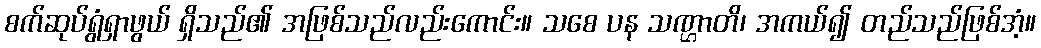
စက်ဆုပ်ရွံရှာဖွယ် ရှိသည်၏ အဖြစ်သည်လည်းကောင်း။ သစေ ပန သဏ္ဌာတိ၊ အကယ်၍ တည်သည်ဖြစ်အံ့။